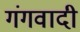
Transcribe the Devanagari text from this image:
गंगवादी